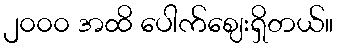
၂၀၀၀ အထိ ပေါက်ဈေးရှိတယ်။